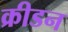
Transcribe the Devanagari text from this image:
क्रीडन